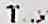
TAX